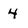
Character: 4